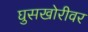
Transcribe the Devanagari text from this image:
घुसखोरीवर